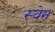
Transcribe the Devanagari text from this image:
स्‍वेन